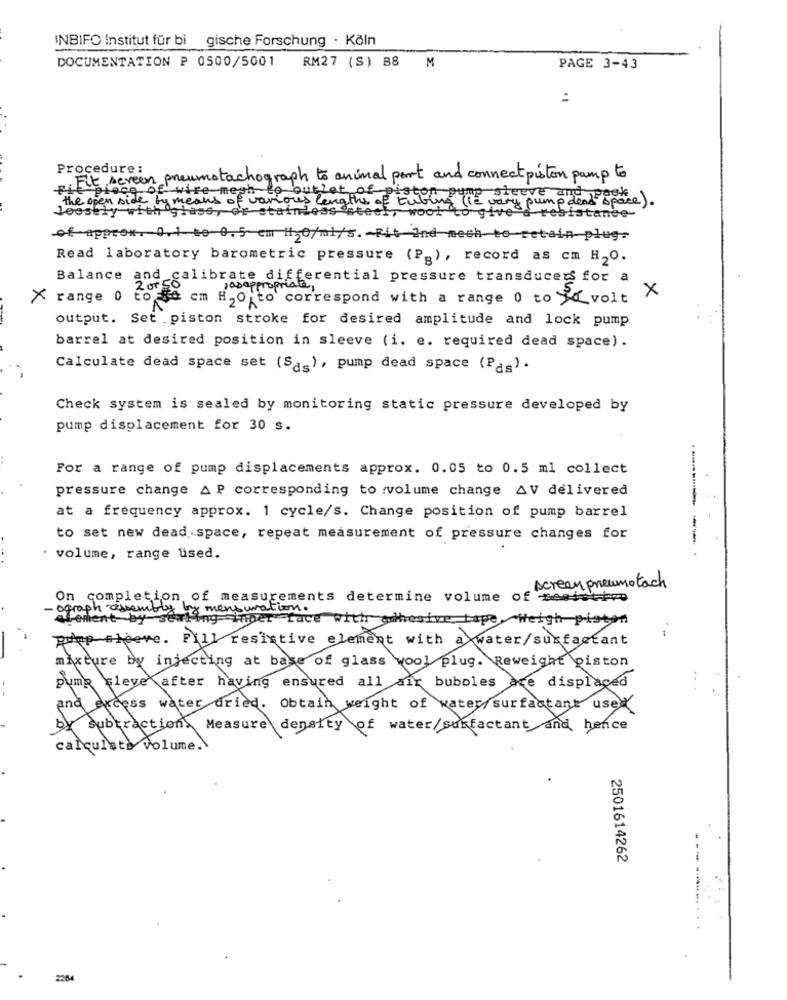
INBIFO Institut für bi gische Forschung - Köln
DOCUMENTATION P 0500/5001 RM27 (S) B8 M
PAGE 3-43
Procedure:
Fit screen pneumotachograph to animal part and connect piston pump to
fit piece of
Fit piece of wire mesh to butlot of piston pump sleeve and pack
of wire mesh
the open side by means of various lengths of tubing (le vary pump dead space
vary pump dead space) .
Joostly with glass, or stainless steel, wool to give a resistance
of-approx. 0.1 to 0.5- em #1,0/ml/5. - Rit Ind mech-to-retain plug-
Read laboratory barometric pressure (Pp), record as cm H2O.
Balance
and calibrate differential pressure transducers for a
"asappropriate,
X range 0 to $0 cm H2O to correspond with a range 0 to Y volt
X
output. Set piston stroke for desired amplitude and lock pump
barrel at desired position in sleeve (i. e. required dead space).
Calculate dead space set (Sas), pump dead space (Pas).
Check system is sealed by monitoring static pressure developed by
pump displacement for 30 s.
For a range of pump displacements approx. 0.05 to 0.5 ml collect
pressure change A P corresponding to :volume change AV delivered
at a frequency approx. 1 cycle/s. Change position of pump barrel
to set new dead space, repeat measurement of pressure changes for
· volume, range used.
scream pneumo tach
On completion of measurements determine volume of testativo
ograph assembly by mensuration.
lement by sealing inger face with thesive tape, Weigh piston
pump siceve. Fill resistive element with a water/surfactant
mixture by injecting at base of glass wool plug. Reweight piston
pump sleve after having ensured all air bubbles are displaced
and excess water dried. Obtain weight of water/surfactant used
Subtraction Measure density of water/surfactant and hence
calculate volume.
2501614262
..
2284